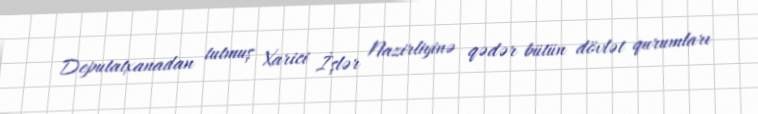
Deputatxanadan tutmuş Xarici İşlər Nazirliyinə qədər bütün dövlət qurumları